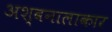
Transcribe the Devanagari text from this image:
अश्वनालाकार